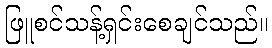
ဖြူစင်သန့်ရှင်းစေချင်သည်။